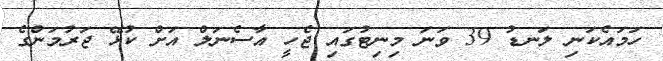
ހަމައެކަނި ލަނޑު 39 ވަނަ މިނިޓުގައި ޖެހީ އާސެނަލް އަށް ކުޅޭ ޖަރުމަންގެ